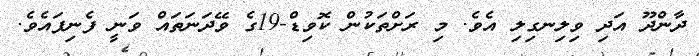
ދާންދޫ އަދި ވިލިނގިލި އެވެ. މި ރަށްތަކުން ކޮވިޑް-19ގެ ވޭދަނަތައް ވަނީ ފެނިފައެވެ.